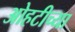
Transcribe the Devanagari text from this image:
ओहटीच्या